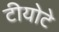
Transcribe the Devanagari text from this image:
टीयोटे